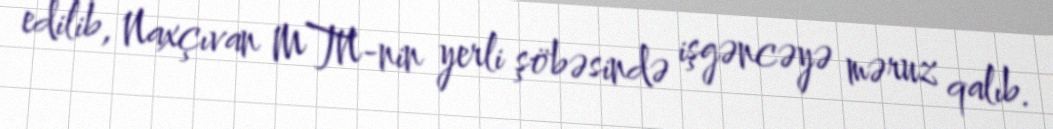
edilib, Naxçıvan MTN-nin yerli şöbəsində işgəncəyə məruz qalıb.